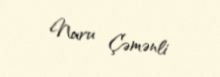
Nuru Çəmənli